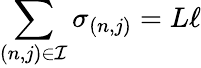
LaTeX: \sum_{(n,j)\in\mathcal{I}}\sigma_{(n,j)}=L\ell